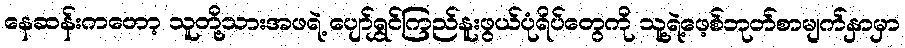
နေဆန်းကတော့ သူတို့သားအဖရဲ့ ပျော်ရွှင်ကြည်နူးဖွယ်ပုံရိပ်တွေကို သူ့ရဲ့ဖေ့စ်ဘုတ်စာမျက်နှာမှာ